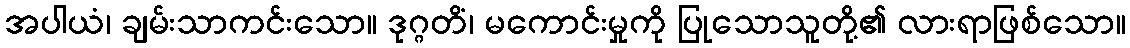
အပါယံ၊ ချမ်းသာကင်းသော။ ဒုဂ္ဂတိံ၊ မကောင်းမှုကို ပြုသောသူတို့၏ လားရာဖြစ်သော။